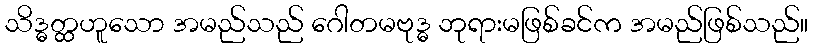
သိဒ္ဓတ္ထဟူသော အမည်သည် ဂေါတမဗုဒ္ဓ ဘုရားမဖြစ်ခင်က အမည်ဖြစ်သည်။